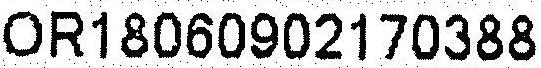
OR18060902170388